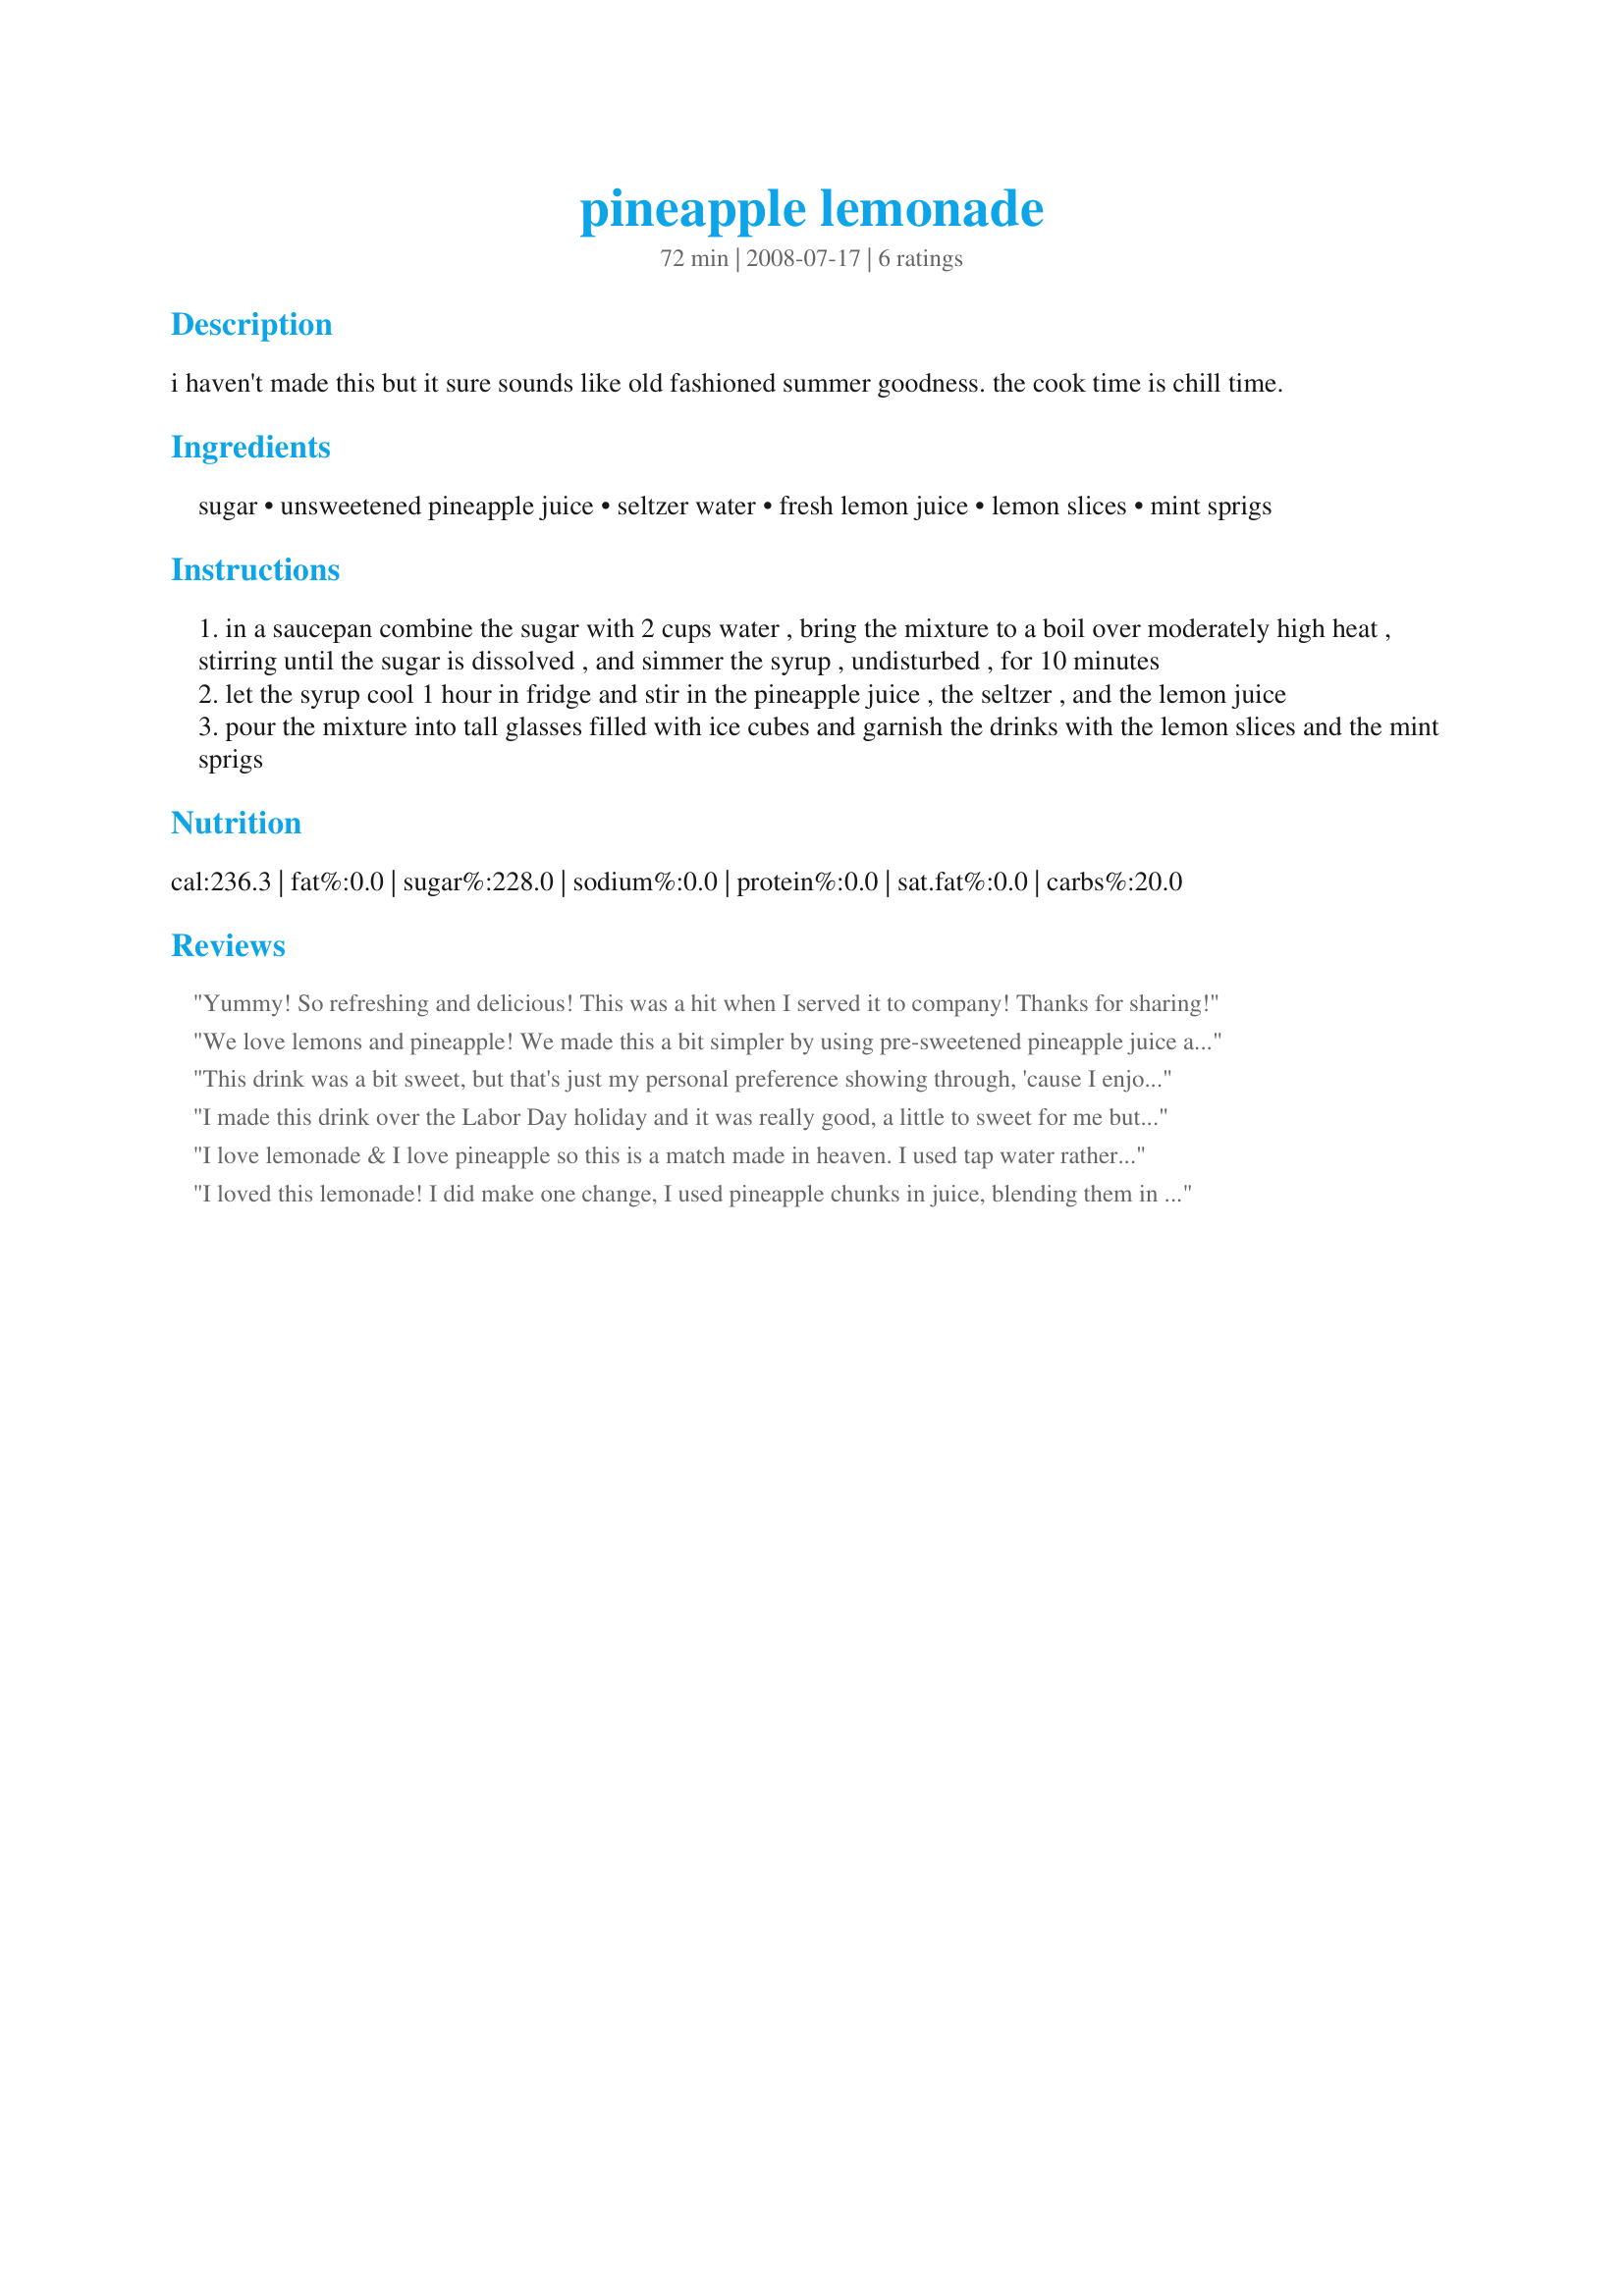
pineapple lemonade
Preparation time: 72 minutes

i haven't made this but it sure sounds like old fashioned summer goodness. the cook time is chill time.

Ingredients:
sugar, unsweetened pineapple juice, seltzer water, fresh lemon juice, lemon slices, mint sprigs

Steps:
in a saucepan combine the sugar with 2 cups water , bring the mixture to a boil over moderately high heat , stirring until the sugar is dissolved , and simmer the syrup , undisturbed , for 10 minutes
let the syrup cool 1 hour in fridge and stir in the pineapple juice , the seltzer , and the lemon juice
pour the mixture into tall glasses filled with ice cubes and garnish the drinks with the lemon slices and the mint sprigs

Reviews:
Yummy! So refreshing and delicious! This was a hit when I served it to company! Thanks for sharing!
We love lemons and pineapple! We made this a bit simpler by using pre-sweetened pineapple juice and just mixed that with 1/2 cup sugar, the lemon juice, and seltzer. We served it in a pitcher filled with ice and although we didn't have mint leaves for the garnish, but we still enjoyed this refreshing drink! This is a winner!
This drink was a bit sweet, but that's just my personal preference showing through, 'cause I enjoy my lemonade a little tart! Nevertheless, this ISN'T my lemonade, & I was impressed with the combination of lemon & pineapple juices here! Thanks for sharing a definite keeper! [Tagged, made & reviewed in Beverage Tag]
I made this drink over the Labor Day holiday and it was really good, a little to sweet for me but I can adjust that. We did end up adding some limoncello for the adult drinks and it tasted ALOT better!! Will be making again...THANKS!!
I love lemonade & I love pineapple so this is a match made in heaven. I used tap water rather than seltzer water as I wanted to keep it for a few days and didn't want it to go flat in the fridge. I made a half serve but found that it needed a lot more water than was called for, from a half serve of juices & syrups I ended up getting about 1.5 litres of lemonade so I think I ended up adding about 4 cups water for a half serve which was still lovely & sweet but not syrupy sweet. Great recipe & one I'm sure I will make again. Thanks Annacia!
I loved this lemonade! I did make one change, I used pineapple chunks in juice, blending them in the blender and adding to the lemonade. So good on a hot 94 degree day! Thanks Annacia!
